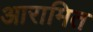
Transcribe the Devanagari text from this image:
आरामित